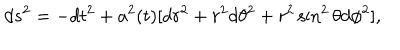
d s ^ { 2 } = - d t ^ { 2 } + a ^ { 2 } ( t ) [ d r ^ { 2 } + r ^ { 2 } d \theta ^ { 2 } + r ^ { 2 } \sin ^ { 2 } \theta d \phi ^ { 2 } ] ,